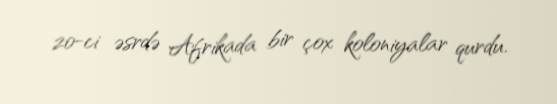
20-ci əsrdə Afrikada bir çox koloniyalar qurdu.